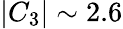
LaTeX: |C_{3}|\sim 2.6